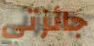
جائزتي